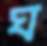
ঘ